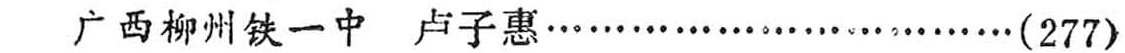
广西柳州铁一中 卢子惠\ldots\ldots\ldots\ldots\ldots\ldots\ldots\ldots\ldots(277)